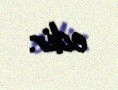
edir.